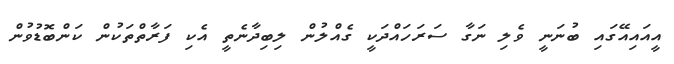
އީއައިއޭގައި ބުނަނީ ވެލި ނަގާ ސަރަހައްދަކީ ގެއްލުން ލިބިދާނެތީ އެކި ފަރާތްތަކުން ކަންބޮޑުވުން